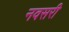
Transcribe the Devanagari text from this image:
नवसरी